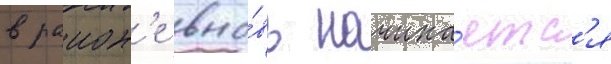
в раион'е вно́вь начина́етс'я